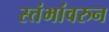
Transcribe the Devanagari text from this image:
स्तंभांवरुन